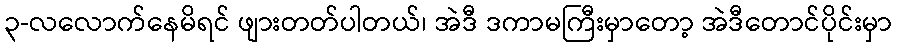
၃-လလောက်နေမိရင် ဖျားတတ်ပါတယ်၊ အဲဒီ ဒကာမကြီးမှာတော့ အဲဒီတောင်ပိုင်းမှာ